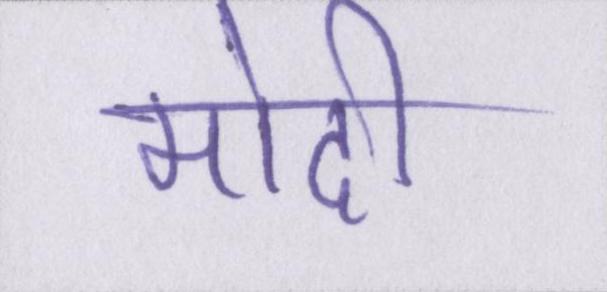
मोदी